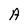
Character: A